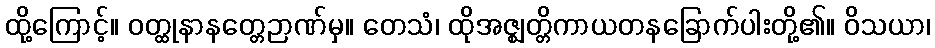
ထို့ကြောင့်။ ဝတ္ထုနာနတ္တေဉာဏ်မှ။ တေသံ၊ ထိုအဇ္ဈတ္တိကာယတနခြောက်ပါးတို့၏။ ဝိသယာ၊